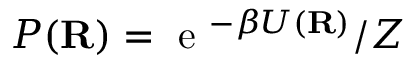
P ( \mathbf { R } ) = \mathrm { ~ e ~ } ^ { - \beta U ( \mathbf { R } ) } / Z